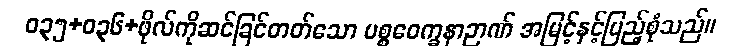
ဝ၃၅+၀၃၆+ဖိုလ်ကိုဆင်ခြင်တတ်သော ပစ္စဝေက္ခနာဉာဏ် အမြင့်နှင့်ပြည့်စုံသည်။